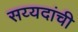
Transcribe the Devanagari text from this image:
सय्यदांची